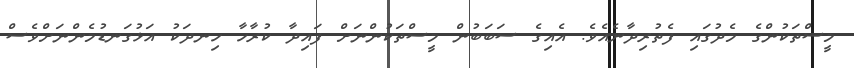
މީސްތަކުންގެ މެދުގައި ފެތުރިދާނެއެވެ. އެއިގެ ސަބަބުން މީސްތަކުންނަށް ފައިދާ ކުރާހާ ހިނދަކު އަޅުގަނޑުމެންނަށްވެސް